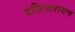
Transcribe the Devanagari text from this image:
बलिनारायण